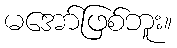
မအော်ဖြစ်ဘူး။